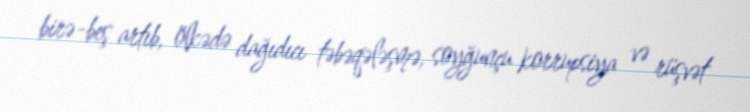
birə-beş artıb, ölkədə dağıdıcı təbəqələşmə, soyğunçu korrupsiya və rüşvət